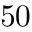
5 0